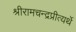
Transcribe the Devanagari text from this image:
श्रीरामचन्द्रप्रीत्यर्थे